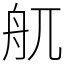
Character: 䑢